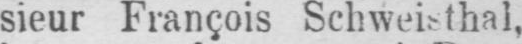
sieur François Schweisthal,